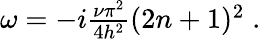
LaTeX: \begin{array}{r}{\omega=-i\frac{\nu\pi^{2}}{4h^{2}}(2n+1)^{2}\; .}\end{array}